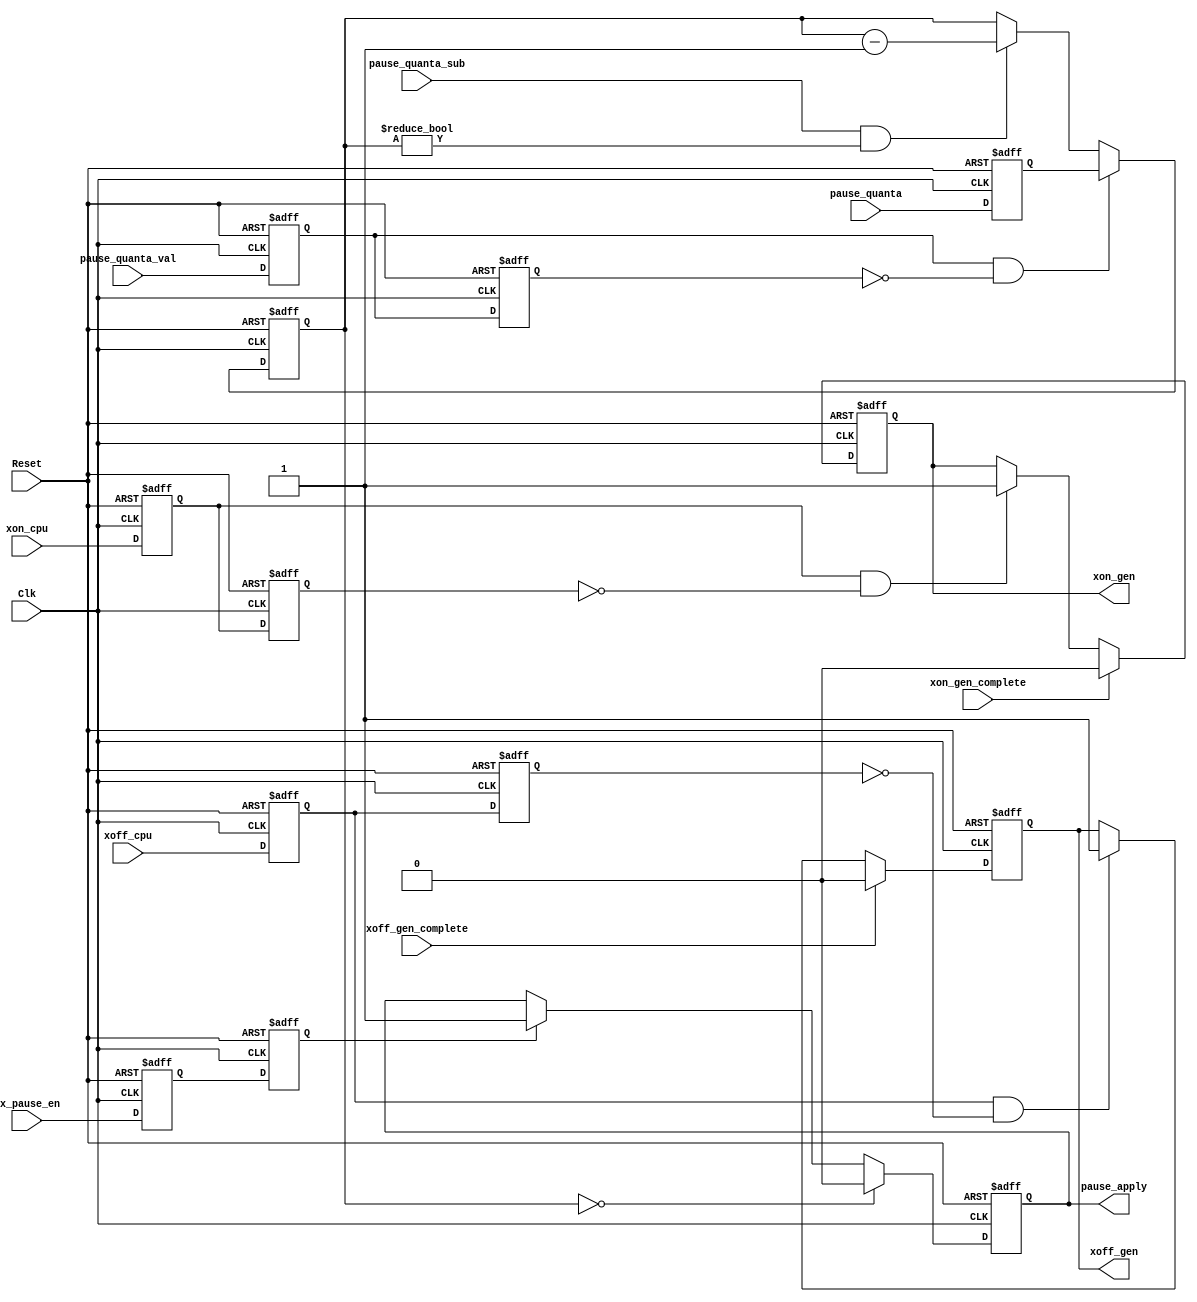
module flow_ctrl 
(
Reset               ,
Clk                 ,
//host processor    ,
tx_pause_en         ,
xoff_cpu            ,
xon_cpu             ,
//MAC_rx_flow       ,
pause_quanta        ,
pause_quanta_val    ,
//MAC_tx_ctrl       ,
pause_apply         ,
pause_quanta_sub    ,
xoff_gen            ,
xoff_gen_complete   ,
xon_gen             ,
xon_gen_complete    

);

input           Reset               ;
input           Clk                 ;
                //host processor    ;
input           tx_pause_en         ;
input           xoff_cpu            ;
input           xon_cpu             ;
                //MAC_rx_flow       ;
input   [15:0]  pause_quanta        ;
input           pause_quanta_val    ;
                //MAC_tx_ctrl       ;
output          pause_apply         ;
input           pause_quanta_sub    ;
output          xoff_gen            ;
input           xoff_gen_complete   ;
output          xon_gen             ;
input           xon_gen_complete    ;
  
//******************************************************************************
//internal signals                                                              
//******************************************************************************  
reg             xoff_cpu_dl1            ;
reg             xoff_cpu_dl2            ;
reg             xon_cpu_dl1             ;   
reg             xon_cpu_dl2             ;
reg [15:0]      pause_quanta_dl1        ;
reg             pause_quanta_val_dl1    ;
reg             pause_quanta_val_dl2    ;       
reg             pause_apply             ;
reg             xoff_gen                ;
reg             xon_gen                 ;
reg [15:0]      pause_quanta_counter    ;
reg             tx_pause_en_dl1         ;
reg             tx_pause_en_dl2         ;
//******************************************************************************  
//boundery signal processing                                                               
//******************************************************************************
always @ (posedge Clk or posedge Reset)
    if (Reset)
        begin
        xoff_cpu_dl1        <=0;
        xoff_cpu_dl2        <=0;
        end
    else
        begin
        xoff_cpu_dl1        <=xoff_cpu;
        xoff_cpu_dl2        <=xoff_cpu_dl1;
        end

always @ (posedge Clk or posedge Reset)
    if (Reset)
        begin
        xon_cpu_dl1     <=0;
        xon_cpu_dl2     <=0;
        end
    else
        begin
        xon_cpu_dl1     <=xon_cpu;
        xon_cpu_dl2     <=xon_cpu_dl1;
        end     
        
always @ (posedge Clk or posedge Reset)
    if (Reset)
        begin
        pause_quanta_dl1        <=0;
        end
    else
        begin
        pause_quanta_dl1        <=pause_quanta;
        end  
       
always @ (posedge Clk or posedge Reset)
    if (Reset)
        begin
        pause_quanta_val_dl1    <=0;
        pause_quanta_val_dl2    <=0;
        end
    else
        begin
        pause_quanta_val_dl1    <=pause_quanta_val;
        pause_quanta_val_dl2    <=pause_quanta_val_dl1;
        end                      
        
always @ (posedge Clk or posedge Reset)
    if (Reset)
        begin           
        tx_pause_en_dl1     <=0;
        tx_pause_en_dl2     <=0; 
        end
    else
        begin           
        tx_pause_en_dl1     <=tx_pause_en;
        tx_pause_en_dl2     <=tx_pause_en_dl1; 
        end     

//******************************************************************************        
//gen output signals                                                            
//******************************************************************************
always @ (posedge Clk or posedge Reset)
    if (Reset)
        xoff_gen        <=0;
    else if (xoff_gen_complete)
        xoff_gen        <=0;
    else if (xoff_cpu_dl1&&!xoff_cpu_dl2)
        xoff_gen        <=1;

always @ (posedge Clk or posedge Reset)
    if (Reset)
        xon_gen     <=0;
    else if (xon_gen_complete)
        xon_gen     <=0;
    else if (xon_cpu_dl1&&!xon_cpu_dl2)
        xon_gen     <=1;                     

always @ (posedge Clk or posedge Reset)
    if (Reset)
        pause_quanta_counter    <=0;
    else if(pause_quanta_val_dl1&&!pause_quanta_val_dl2)
        pause_quanta_counter    <=pause_quanta_dl1; 
    else if(pause_quanta_sub&&pause_quanta_counter!=0)
        pause_quanta_counter    <=pause_quanta_counter-1;
        
always @ (posedge Clk or posedge Reset)
    if (Reset)
        pause_apply     <=0;
    else if(pause_quanta_counter==0)
        pause_apply     <=0;
    else if (tx_pause_en_dl2)
        pause_apply     <=1;
        
endmodule